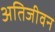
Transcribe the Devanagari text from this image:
अतिजीवन